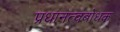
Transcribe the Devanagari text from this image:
प्रधानत्वबोधक